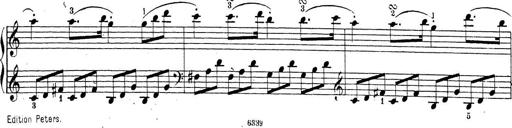
Title: Sonatina Album
Composer: Louis KÃ¶hler